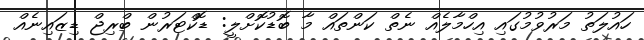
ހައުލަތު މަރުވުމުގައި އިހްމާލެއް ނެތް ކަންތައް މާ ބޮޑުކޮށްލީ: ޑޮކްޓަރުން ބްރިޖް ޑިޒައިނެއް